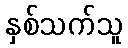
နှစ်သက်သူ